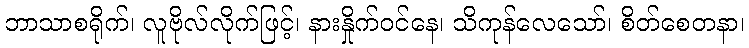
ဘာသာစရိုက်၊ လူဗိုလ်လိုက်ဖြင့်၊ နားနှိုက်ဝင်နေ၊ သိကုန်လေသော်၊ စိတ်စေတနာ၊